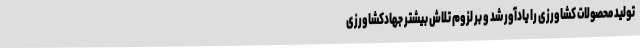
تولید محصولات کشاورزی را یادآور شد و بر لزوم تلاش بیشتر جهادکشاورزی